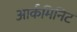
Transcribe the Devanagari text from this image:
आर्कमिनिट